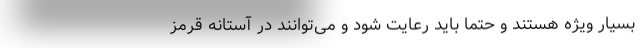
بسیار ویژه هستند و حتماً باید رعایت شود و می‌توانند در آستانه قرمز